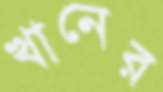
খানের